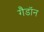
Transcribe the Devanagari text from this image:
गैडाॅन